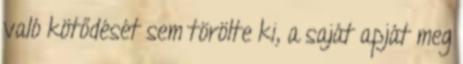
való kötődését sem törölte ki, a saját apját meg